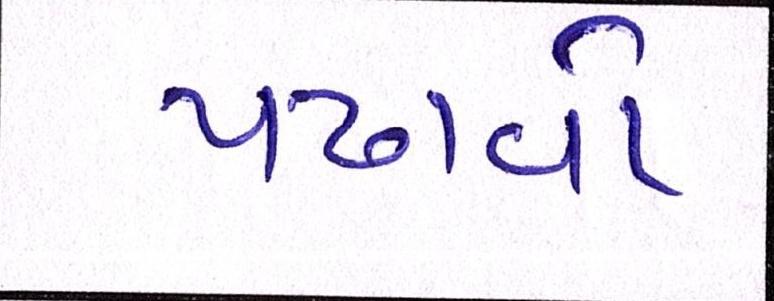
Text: પઢાવો